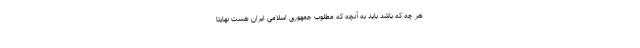
هر چه که باشد باید به آنچه که مطلوب جمهوری اسلامی ایران هست نهایتا